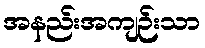
အနည်းအကျဉ်းသာ